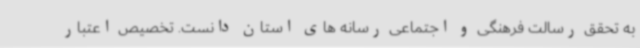
به تحقق رسالت فرهنگی و اجتماعی رسانه های استان دانست. تخصیص اعتبار